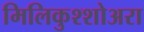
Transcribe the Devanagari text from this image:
मिलिकुश्शोअरा